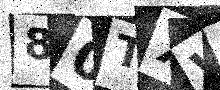
Text: 80TXVD